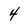
Character: 4